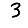
Digit: 3